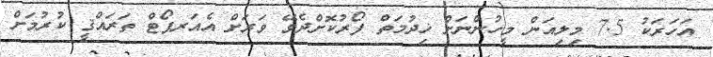
އަހަރަކު 7.5 މިލިއަން މީހުންނަށް ޚިދުމަތް ފޯރުކޮށްދެވޭ ވަރަށް އެއަރޕޯޓް ތަރައްޤީ ކުރުމަށް